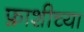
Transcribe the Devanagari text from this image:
फ़ाशीच्या